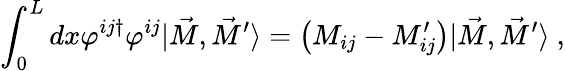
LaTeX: \int_{0}^{L}dx\varphi^{ij\dagger}\varphi^{ij}|\vec{M},\vec{M}^{\prime}\rangle=\left(M_{ij}-M_{ij}^{\prime}\right)|\vec{M},\vec{M}^{\prime}\rangle\ ,